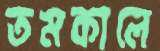
তমকালে